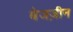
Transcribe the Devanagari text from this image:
बेजज़ीन